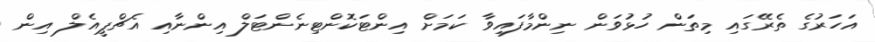
އަހަރުގެ ތެރޭގައި މިތަން ހުޅުވަން ނިންމާފައިވާ ކަމަށް އިންޓަކޮންޓިނެންޓަލް އިންނާއި އެޗްޕީއެލް އިން